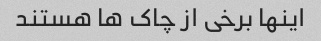
اینها برخی از چاک ها هستند